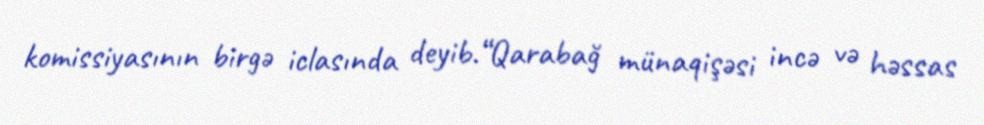
komissiyasının birgə iclasında deyib.“Qarabağ münaqişəsi incə və həssas